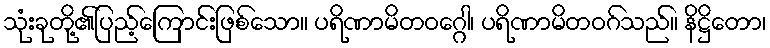
သုံးခုတို့၏ပြည့်ကြောင်းဖြစ်သော။ ပရိဏာမိတဝဂ္ဂေါ၊ ပရိဏာမိတဝဂ်သည်။ နိဋ္ဌိတော၊